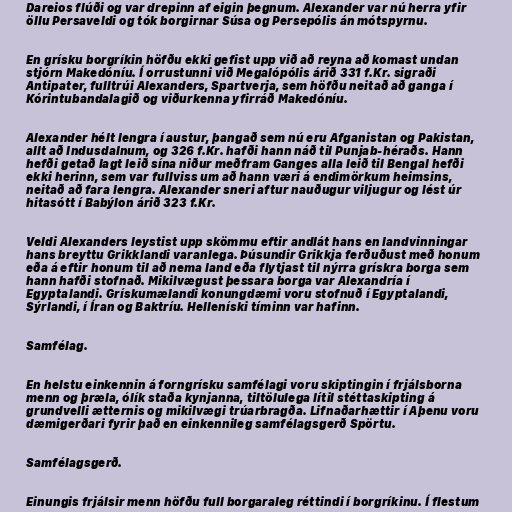
Dareios flúði og var drepinn af eigin þegnum. Alexander var nú herra yfir
öllu Persaveldi og tók borgirnar Súsa og Persepólis án mótspyrnu.

En grísku borgríkin höfðu ekki gefist upp við að reyna að komast undan
stjórn Makedóníu. Í orrustunni við Megalópólis árið 331 f.Kr. sigraði
Antipater, fulltrúi Alexanders, Spartverja, sem höfðu neitað að ganga í
Kórintubandalagið og viðurkenna yfirráð Makedóníu.

Alexander hélt lengra í austur, þangað sem nú eru Afganistan og Pakistan,
allt að Indusdalnum, og 326 f.Kr. hafði hann náð til Punjab-héraðs. Hann
hefði getað lagt leið sína niður meðfram Ganges alla leið til Bengal hefði
ekki herinn, sem var fullviss um að hann væri á endimörkum heimsins,
neitað að fara lengra. Alexander sneri aftur nauðugur viljugur og lést úr
hitasótt í Babýlon árið 323 f.Kr.

Veldi Alexanders leystist upp skömmu eftir andlát hans en landvinningar
hans breyttu Grikklandi varanlega. Þúsundir Grikkja ferðuðust með honum
eða á eftir honum til að nema land eða flytjast til nýrra grískra borga sem
hann hafði stofnað. Mikilvægust þessara borga var Alexandría í
Egyptalandi. Grískumælandi konungdæmi voru stofnuð í Egyptalandi,
Sýrlandi, í Íran og Baktríu. Helleníski tíminn var hafinn.

Samfélag.

En helstu einkennin á forngrísku samfélagi voru skiptingin í frjálsborna
menn og þræla, ólík staða kynjanna, tiltölulega lítil stéttaskipting á
grundvelli ætternis og mikilvægi trúarbragða. Lifnaðarhættir í Aþenu voru
dæmigerðari fyrir það en einkennileg samfélagsgerð Spörtu.

Samfélagsgerð.

Einungis frjálsir menn höfðu full borgaraleg réttindi í borgríkinu. Í flestum